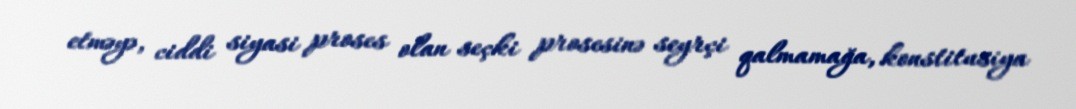
etməyə, ciddi siyasi proses olan seçki prosesinə seyrçi qalmamağa, konstitusiya